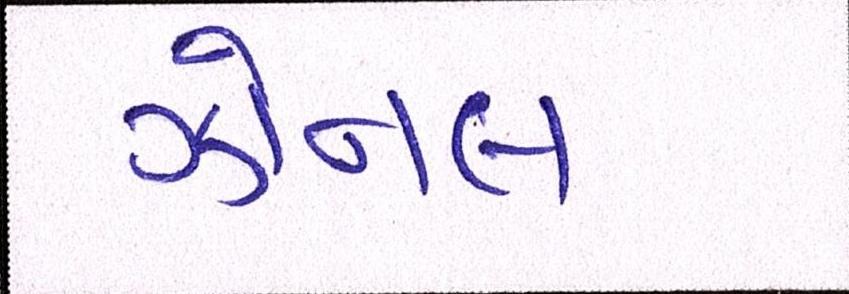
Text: ઝોનલ